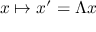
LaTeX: x \mapsto x ^ { \prime } = \Lambda x